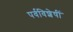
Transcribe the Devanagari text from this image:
पर्वविशेषीं